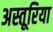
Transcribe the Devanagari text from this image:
अस्तूरिया